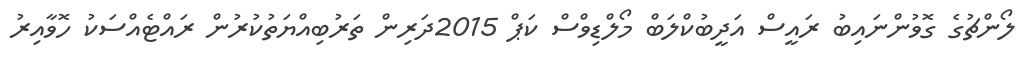
ލޯންޗުގެ ގޮވުންނައިބު ރައީސް އަދީބުކްލަބް މޯލްޑިވްސް ކަޕް 2015ދަރިން ތަރުބިއްޔަތުކުރުން ރައްޓެއްސަކު ހޮވާއިރު